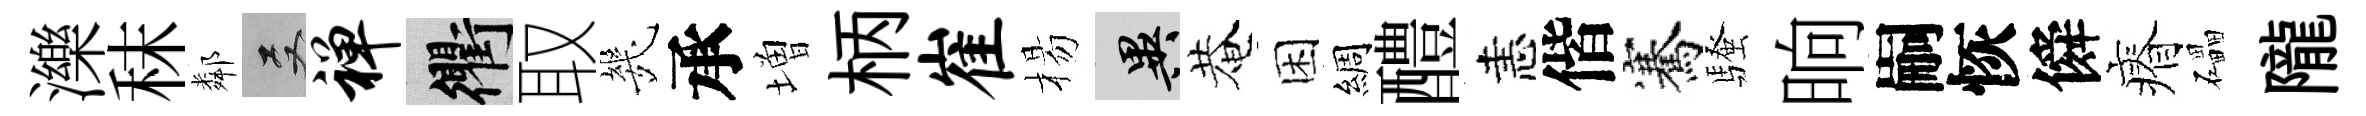
濼秣鄰双禅衢取㡬承増柄崔楊异菴困綢醴恚偕騫騷晌嗣恢僢瘠礧隴